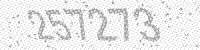
Solution: 257273